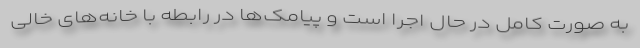
به صورت کامل در حال اجرا است و پیامک‌ها در رابطه با خانه‌های خالی